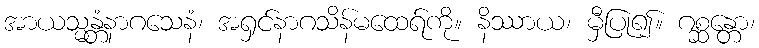
အာယသ္မန္တံနာဂသေနံ၊ အရှင်နာဂသိန်မထေရ်ကို။ နိဿာယ၊ မှီပြု၍။ ဂစ္ဆန္တော၊